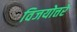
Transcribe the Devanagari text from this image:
विजयोत्तरे